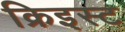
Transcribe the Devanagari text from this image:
क्रिइस्ट